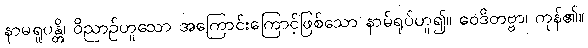
နာမရူပန္တိ၊ ဝိညာဉ်ဟူသော အကြောင်းကြောင့်ဖြစ်သော နာမ်ရုပ်ဟူ၍။ ဝေဒိတဗ္ဗာ၊ ကုန်၏။